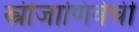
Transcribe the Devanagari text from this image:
स्त्रीजाणिवेची